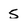
Character: 5